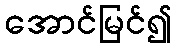
အောင်မြင်၍